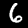
Label: 6